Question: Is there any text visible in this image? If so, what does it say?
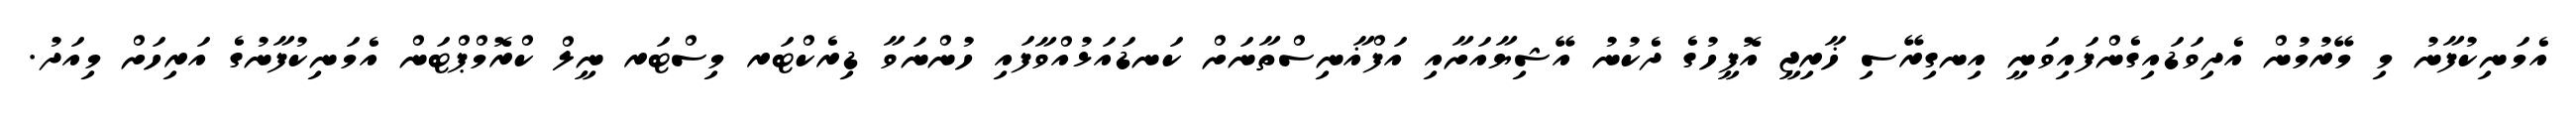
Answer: އެމަނިކުފާނު މި މޭރުމުން އެދިވަޑައިގެންފައިވަނީ އިނގިރޭސި ޚާރިޖީ އޮފީހުގެ ދެކުނު އޭޝިޔާއަށާއި އަފްޣާނިސްތާނަށް ކަނޑައަޅުއްވާފައި ހުންނަވާ ޑިރެކްޓަރ މިސްޓަރ ނީލް ކްރޮމްޕްޓަން އެމަނިކުފާނުގެ އަރިހަށް މިއަދު.